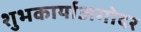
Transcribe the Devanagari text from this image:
शुभकार्याअगोदर